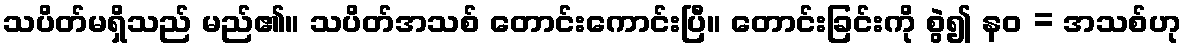
သပိတ်မရှိသည် မည်၏။ သပိတ်အသစ် တောင်းကောင်းပြီ။ တောင်းခြင်းကို စွဲ၍ နဝ = အသစ်ဟု